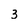
Character: 3